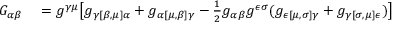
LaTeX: \begin{array} { r l } { G _ { \alpha \beta } } & { { } = g ^ { \gamma \mu } { \bigl [ } g _ { \gamma [ \beta , \mu ] \alpha } + g _ { \alpha [ \mu , \beta ] \gamma } - { \frac { 1 } { 2 } } g _ { \alpha \beta } g ^ { \epsilon \sigma } ( g _ { \epsilon [ \mu , \sigma ] \gamma } + g _ { \gamma [ \sigma , \mu ] \epsilon } ) { \bigr ] } } \end{array}